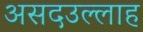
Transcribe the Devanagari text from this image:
असदउल्लाह